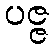
ပဇ္ဇ